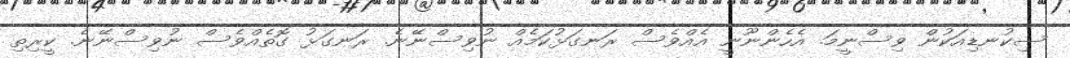
ސިކުނޑިއަކުން ވިސްނީމަ. އެހެންނޫނީ އެއްވެސް ރަނގަޅުކަމެއް ނުވިސްނޭނެ. ރަނގަޅު ގޮތެއްވެސް ނުވިސްނޭނެ. ކީރިތި